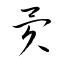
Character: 異